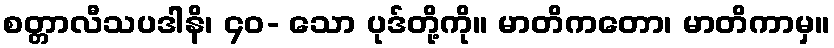
စတ္တာလီသပဒါနိ၊ ၄၀- သော ပုဒ်တို့ကို။ မာတိကတော၊ မာတိကာမှ။